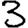
Digit: 3